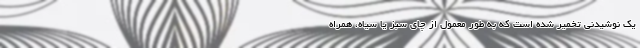
یک نوشیدنی تخمیر شده است که به طور معمول از چای سبز یا سیاه، همراه